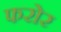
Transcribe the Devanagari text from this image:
फरोर